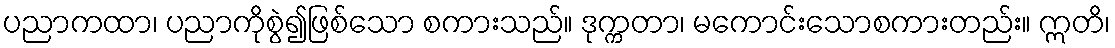
ပညာကထာ၊ ပညာကိုစွဲ၍ဖြစ်သော စကားသည်။ ဒုက္ကတာ၊ မကောင်းသောစကားတည်း။ ဣတိ၊